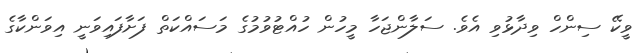
ވީކޭ ސިންހް ވިދާޅުވި އެވެ. ސަލާންޖަހާ މީހުން ހުއްޓުވުމުގެ މަސައްކަތް ފަށާފައިވަނީ އިވަންކާގެ